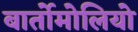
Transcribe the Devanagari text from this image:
बार्तोमोलियो